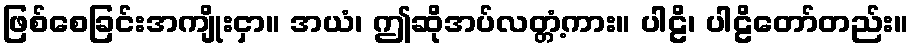
ဖြစ်စေခြင်းအကျိုးငှာ။ အယံ၊ ဤဆိုအပ်လတ္တံ့ကား။ ပါဠိ၊ ပါဠိတော်တည်း။